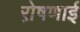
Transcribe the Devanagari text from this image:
रो़षणाई